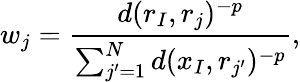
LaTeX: w_{j}=\frac{d(r_{I},r_{j})^{-p}}{\sum_{j^{\prime}=1}^{N}d(x_{I},r_{j^{\prime}})^{-p}},